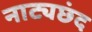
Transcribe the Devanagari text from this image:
नाट्यछंद